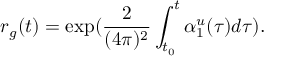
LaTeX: r _ { g } ( t ) = \exp ( \frac { 2 } { ( 4 \pi ) ^ { 2 } } \int _ { t _ { 0 } } ^ { t } \alpha _ { 1 } ^ { u } ( \tau ) d \tau ) .